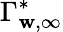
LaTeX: \Gamma_{\mathbf{w},\infty}^{*}